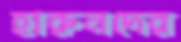
হারুনদের